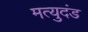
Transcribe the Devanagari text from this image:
मत्युदंड